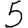
Digit: 5